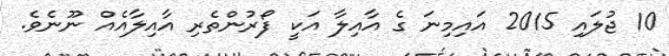
10 ޖުލައި 2015 އައިމިނަ ގެ އާއިލާ އަކީ ފޯރުންތެރި އާއިލާއެއް ނޫނެވެ.